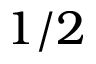
1 / 2